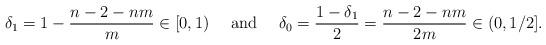
LaTeX: \begin{align*}\delta_1=1-\frac{n-2-nm}{m}\in[0,1)\quad\mbox{ and }\quad\delta_0=\frac{1-\delta_1}{2}=\frac{n-2-nm}{2m}\in(0,1/2].\end{align*}